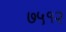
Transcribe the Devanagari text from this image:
७५१२